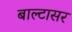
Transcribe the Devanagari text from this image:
बाल्टासर